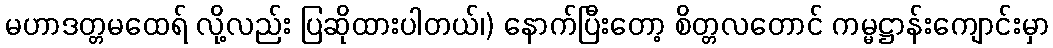
မဟာဒတ္တမထေရ် လို့လည်း ပြဆိုထားပါတယ်၊) နောက်ပြီးတော့ စိတ္တလတောင် ကမ္မဋ္ဌာန်းကျောင်းမှာ